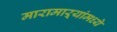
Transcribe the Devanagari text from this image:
मारामाऱ्यांमध्ये